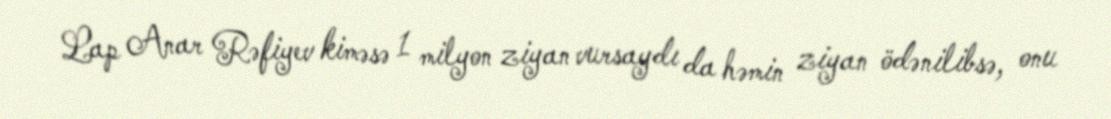
Lap Anar Rəfiyev kiməsə 1 milyon ziyan vursaydı da həmin ziyan ödənilibsə, onu